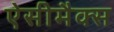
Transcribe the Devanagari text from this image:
ऐसीमैक्स